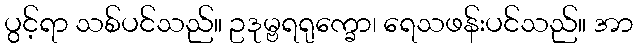
ပွင့်ရာ သစ်ပင်သည်။ ဥဒုမ္ဗရရုက္ခော၊ ရေသဖန်းပင်သည်။ အာ